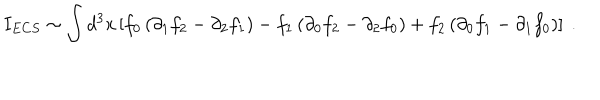
I _ { E C S } \sim \int d ^ { 3 } x \left[ f _ { 0 } \left( \partial _ { 1 } f _ { 2 } - \partial _ { 2 } f _ { 1 } \right) - f _ { 1 } \left( \partial _ { 0 } f _ { 2 } - \partial _ { 2 } f _ { 0 } \right) + f _ { 2 } \left( \partial _ { 0 } f _ { 1 } - \partial _ { 1 } f _ { 0 } \right) \right] \ .